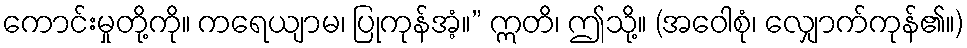
ကောင်းမှုတို့ကို။ ကရေယျာမ၊ ပြုကုန်အံ့။” ဣတိ၊ ဤသို့။ (အဝေါစုံ၊ လျှောက်ကုန်၏။)